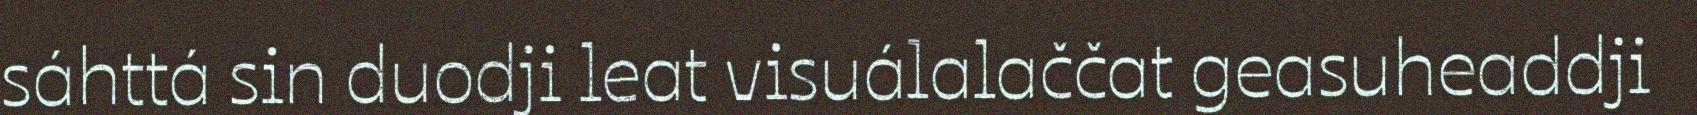
sáhttá sin duodji leat visuálalaččat geasuheaddji